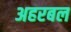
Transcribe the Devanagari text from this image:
अहरबल